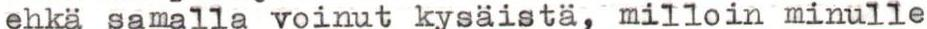
ehkä samalla voinut kysäistä, milloin minulle